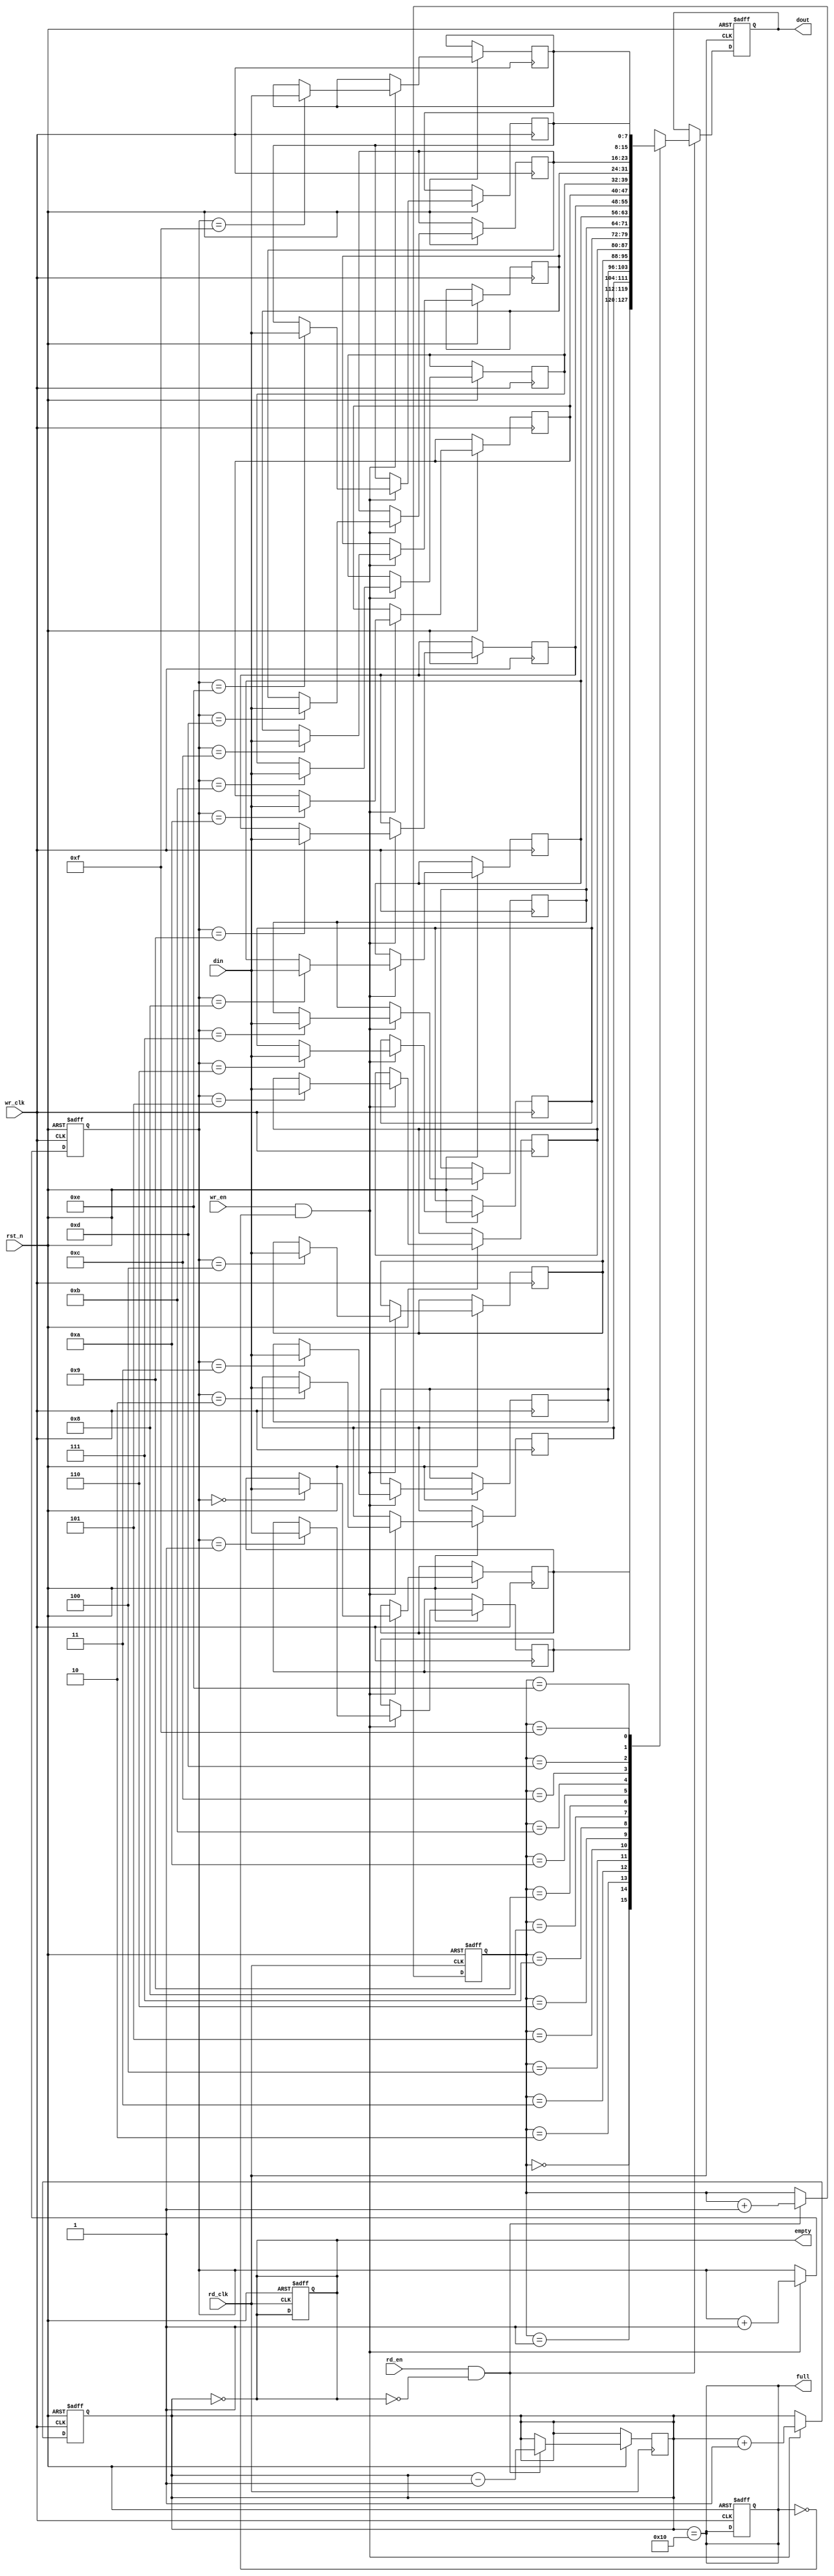
module async_fifo #(
    parameter DATA_WIDTH = 8,  // Width of the data
    parameter FIFO_DEPTH = 16   // Depth of the FIFO (must be a power of 2)
)(
    input wire wr_clk,           // Write clock
    input wire rd_clk,           // Read clock
    input wire rst_n,            // Asynchronous reset (active low)
    input wire wr_en,            // Write enable
    input wire rd_en,            // Read enable
    input wire [DATA_WIDTH-1:0] din, // Data input
    output reg [DATA_WIDTH-1:0] dout, // Data output
    output reg full,             // Full flag
    output reg empty             // Empty flag
);

    // Memory array
    reg [DATA_WIDTH-1:0] mem [0:FIFO_DEPTH-1];

    // Pointer registers
    reg [$clog2(FIFO_DEPTH)-1:0] wr_ptr;
    reg [$clog2(FIFO_DEPTH)-1:0] rd_ptr;
    reg [$clog2(FIFO_DEPTH):0] count; // Count of items in FIFO

    // Asynchronous reset
    always @(posedge wr_clk or negedge rst_n) begin
        if (!rst_n) begin
            wr_ptr <= 0;
            count <= 0;
            full <= 0;
        end else if (wr_en && !full) begin
            mem[wr_ptr] <= din; // Write data to memory
            wr_ptr <= wr_ptr + 1'b1; // Increment write pointer
            count <= count + 1'b1; // Increment count
        end
    end

    always @(posedge rd_clk or negedge rst_n) begin
        if (!rst_n) begin
            rd_ptr <= 0;
            dout <= 0;
            empty <= 1;
        end else if (rd_en && !empty) begin
            dout <= mem[rd_ptr]; // Read data from memory
            rd_ptr <= rd_ptr + 1'b1; // Increment read pointer
            count <= count - 1'b1; // Decrement count
        end
    end

    // Full and empty flag logic
    always @(*) begin
        full = (count == FIFO_DEPTH);
        empty = (count == 0);
    end

endmodule